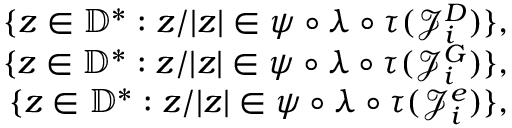
\begin{array} { r } { \{ z \in \mathbb { D } ^ { * } : z / | z | \in \psi \circ \lambda \circ \tau ( \mathcal { J } _ { i } ^ { D } ) \} , } \\ { \{ z \in \mathbb { D } ^ { * } : z / | z | \in \psi \circ \lambda \circ \tau ( \mathcal { J } _ { i } ^ { G } ) \} , } \\ { \{ z \in \mathbb { D } ^ { * } : z / | z | \in \psi \circ \lambda \circ \tau ( \mathcal { J } _ { i } ^ { e } ) \} , } \end{array}